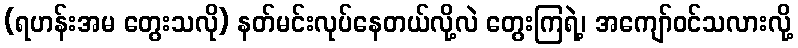
(ရဟန်းအမ တွေးသလို) နတ်မင်းလုပ်နေတယ်လို့လဲ တွေးကြရဲ့၊ အကျော်ဝင်သလားလို့